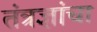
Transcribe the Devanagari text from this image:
तंत्रज्ञांचा